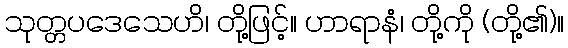
သုတ္တပဒေသေဟိ၊ တို့ဖြင့်။ ဟာရာနံ၊ တို့ကို (တို့၏)။